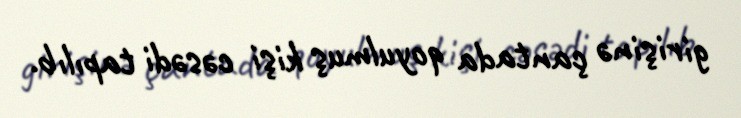
girişinə çantada qoyulmuş kişi cəsədi tapılıb.